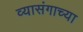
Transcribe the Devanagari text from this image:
व्यासंगाच्या